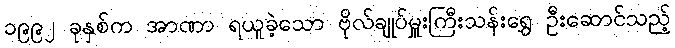
၁၉၉၂ ခုနှစ်က အာဏာ ရယူခဲ့သော ဗိုလ်ချုပ်မှူးကြီးသန်းရွှေ ဦးဆောင်သည့်